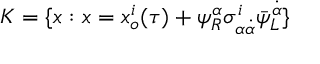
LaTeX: { K } = \{ x : x = x _ { o } ^ { i } ( \tau ) + \psi _ { R } ^ { \alpha } \sigma _ { \alpha \dot { \alpha } } ^ { i } \bar { \psi } _ { L } ^ { \dot { \alpha } } \}